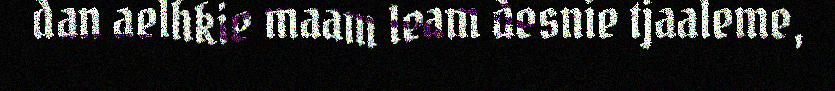
dan aelhkie maam leam desnie tjaaleme,